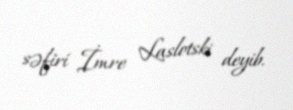
səfiri İmre Laslotski deyib.